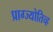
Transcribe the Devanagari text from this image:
प्राग्ज्योतिच्ह